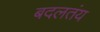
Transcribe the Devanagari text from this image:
बदलतंय